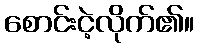
စောင်းငဲ့လိုက်၏။